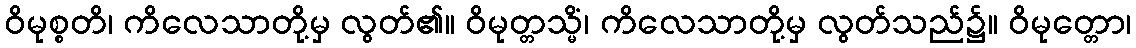
ဝိမုစ္စတိ၊ ကိလေသာတို့မှ လွတ်၏။ ဝိမုတ္တသ္မိံ၊ ကိလေသာတို့မှ လွတ်သည်၌။ ဝိမုတ္တော၊